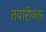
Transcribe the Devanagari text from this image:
तयारीनंतर